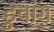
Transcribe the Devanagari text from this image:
हुवांग